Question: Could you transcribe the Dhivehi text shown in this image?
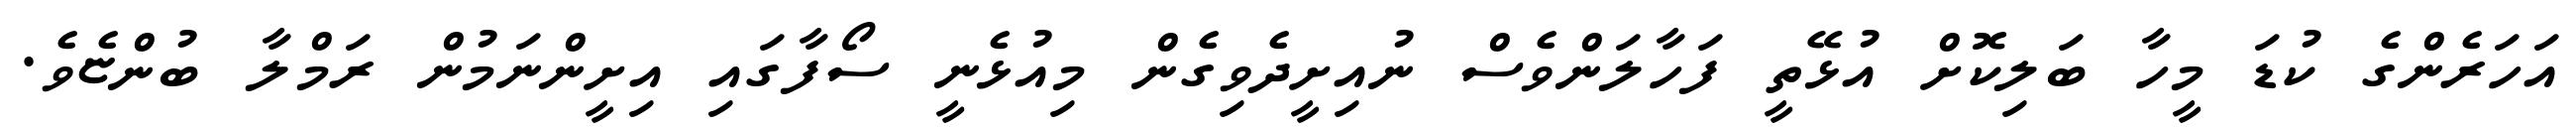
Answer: އަހަރެންގެ ކުޑަ މީހާ ބަލިކޮށް އުޅޭތީ ފަހާލަންވެސް ނުއިށީދެވިގެން މިއުޅެނީ ސޯފާގައި އިށީންނަމުން ރަމްލާ ބުންޏެވެ.